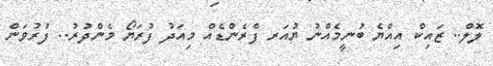
ލޮލް.. ޒައިކް އިއްޔެ ބުނީމެއްނު ޔުއަރ ފްރެންޑެއް މިއަދު ފުރަޔޯ މެންދުރު.. ފުރުވަން